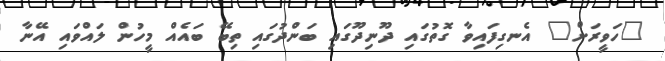
"ހަވީރަށް" އެނގިފައިވާ ގޮތުގައި ދޫނިދޫގައި ބަންދުގައި ތިބޭ ބައެއް މީހުން ލައްވައި އޭނާ